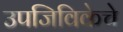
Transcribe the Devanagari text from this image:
उपजिविकेचे